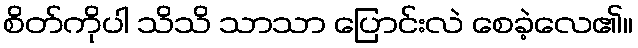
စိတ်ကိုပါ သိသိ သာသာ ပြောင်းလဲ စေခဲ့လေ၏။